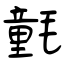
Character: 氃